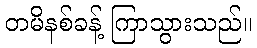
တမိနစ်ခန့် ကြာသွားသည်။